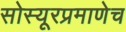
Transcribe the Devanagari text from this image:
सोस्यूरप्रमाणेच